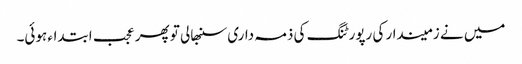
میں نے زمیندار کی رپورٹنگ کی ذمہ داری سنبھالی تو پھر عجب ابتداء ہوئی۔